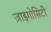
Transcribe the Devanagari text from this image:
ज़ाइगोसिटी